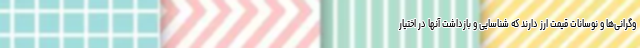
وگرانی‌ها و نوسانات قیمت ارز دارند که شناسایی و بازداشت آنها در اختیار